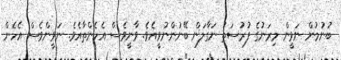
ބުނުމުން ނަވީން މިރަނުގެ ފުރުސަތު ނަގާލަން ބޭނުންނުވީއެވެ. ވާނީވެސް އެހެންތާއެވެ. ނަވީންވެސް އެހެން